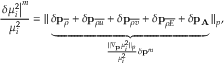
\frac { \left. \delta \mu _ { i } ^ { 2 } \right| ^ { m } } { \mu _ { i } ^ { 2 } } = \| \underbrace { \delta \mathbf { p } _ { \overline { { { \rho } } } } + \delta \mathbf { p } _ { \overline { { { \rho u } } } } + \delta \mathbf { p } _ { \overline { { { \rho v } } } } + \delta \mathbf { p } _ { \overline { { { \rho E } } } } + \delta \mathbf { p } _ { \mathbf { A } } } _ { \frac { \| \nabla _ { \mathbf { p } } \mu _ { i } ^ { 2 } \| _ { p } } { \mu _ { i } ^ { 2 } } \delta \mathbf { p } ^ { m } } \| _ { p } ,